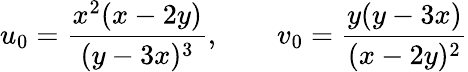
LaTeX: u_{0}=\frac{x^{2}(x-2y)}{(y-3x)^{3}},\qquad v_{0}=\frac{y(y-3x)}{(x-2y)^{2}}